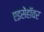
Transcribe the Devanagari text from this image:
एइसेंहॉवर